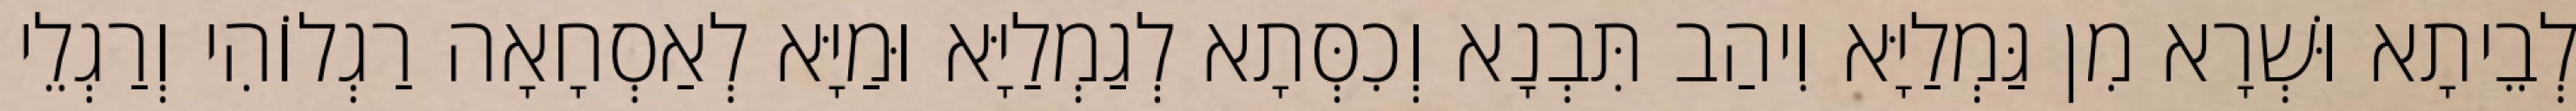
לְבֵיתָא וּשְׁרָא מִן גַּמְלַיָּא וִיהַב תִּבְנָא וְכִסְּתָא לְגַמְלַיָּא וּמַיָּא לְאַסְחָאָה רַגְלוֹהִי וְרַגְלֵי